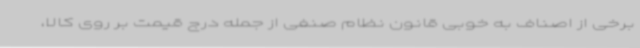
برخی از اصناف به خوبی قانون نظام صنفی از جمله درج قیمت بر روی کالا،